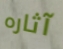
آثاره